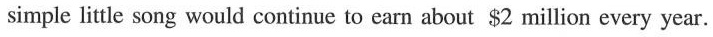
simple little song would continue to earn about $2 million every year.